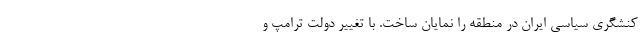
کنشگری سیاسی ایران در منطقه را نمایان ساخت. با تغییر دولت ترامپ و